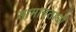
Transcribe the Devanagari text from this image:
सामानताओं